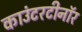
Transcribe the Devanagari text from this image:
काउंटरटीनॉर